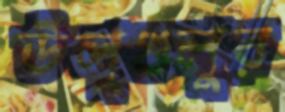
উলুগুলুর